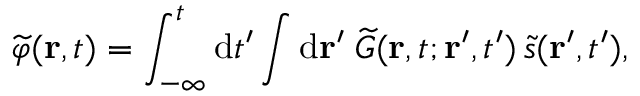
\widetilde { \varphi } ( \mathbf { r } , t ) = \int _ { - \infty } ^ { t } \mathrm { d } t ^ { \prime } \int \mathrm { d } \mathbf { r } ^ { \prime } \; \widetilde { G } ( \mathbf { r } , t ; \mathbf { r } ^ { \prime } , t ^ { \prime } ) \, \widetilde { s } ( \mathbf { r } ^ { \prime } , t ^ { \prime } ) ,